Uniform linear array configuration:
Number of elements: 12
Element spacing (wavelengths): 0.25
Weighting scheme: hann
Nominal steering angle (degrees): -30
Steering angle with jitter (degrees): -28.504
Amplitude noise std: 0.05
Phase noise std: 0.05

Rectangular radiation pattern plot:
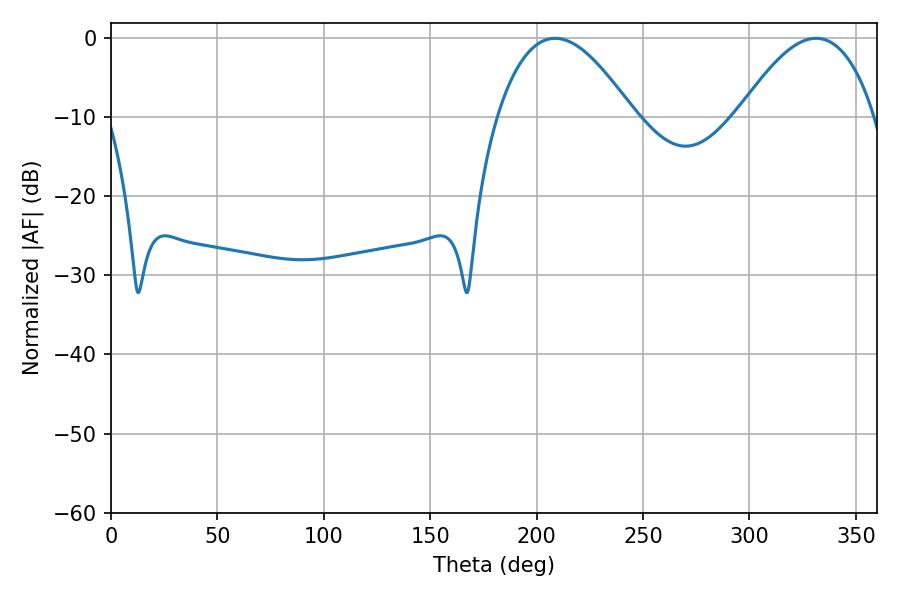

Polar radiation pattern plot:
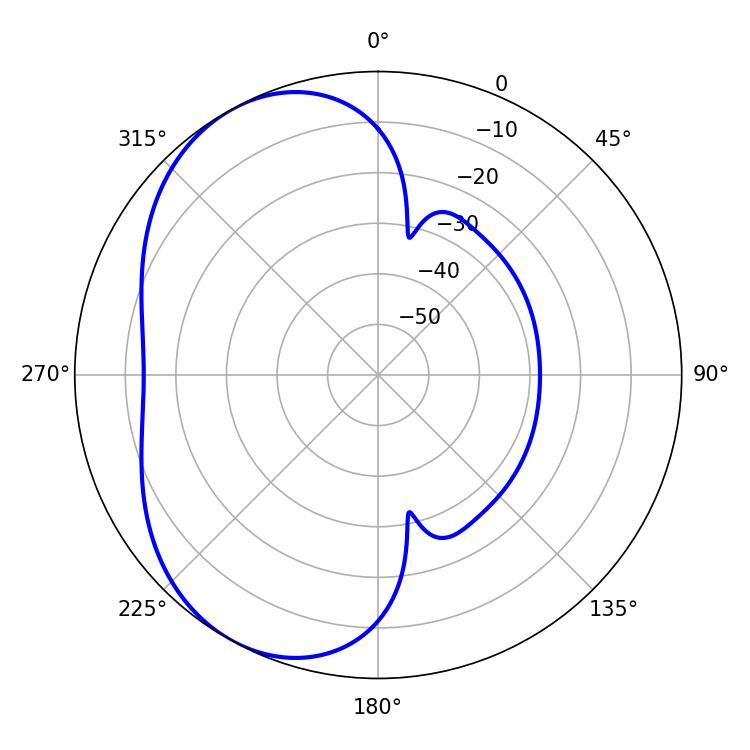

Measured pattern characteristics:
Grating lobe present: FALSE
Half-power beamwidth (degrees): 34.92
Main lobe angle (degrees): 331.38